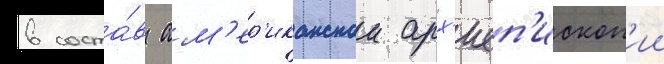
в соста́в ам'ер'иканскои арх'иеп'ископ'ии